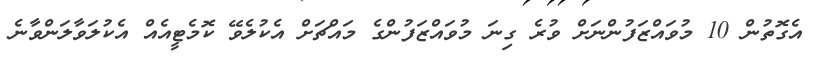
އެގޮތުން 10 މުވައްޒަފުންނަށް ވުރެ ގިނަ މުވައްޒަފުންގެ މައްޗަށް އެކުލެވޭ ކޮމެޓީއެއް އެކުލަވާލަންވާނެ